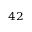
^ { 4 2 }